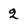
Character: 2